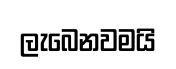
ලැබෙනවමයි